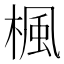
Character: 楓